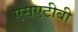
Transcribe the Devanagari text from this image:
एसएटीबी